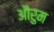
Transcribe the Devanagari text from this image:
औरुम